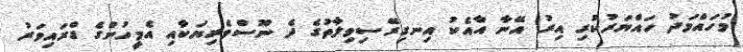
މުހައްމަދު ހައްޔަރުކުރި އިރު އޭނާ އާއެކު އިނގިރޭސިވިލާތުގެ ދެ ނޫސްވެރިޔަކާއި އެމީހުންގެ ޑްރައިވަރު